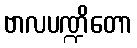
ဗာလပဏ္ဍိတော